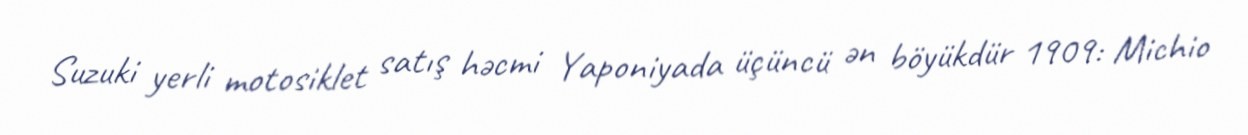
Suzuki yerli motosiklet satış həcmi Yaponiyada üçüncü ən böyükdür 1909: Michio